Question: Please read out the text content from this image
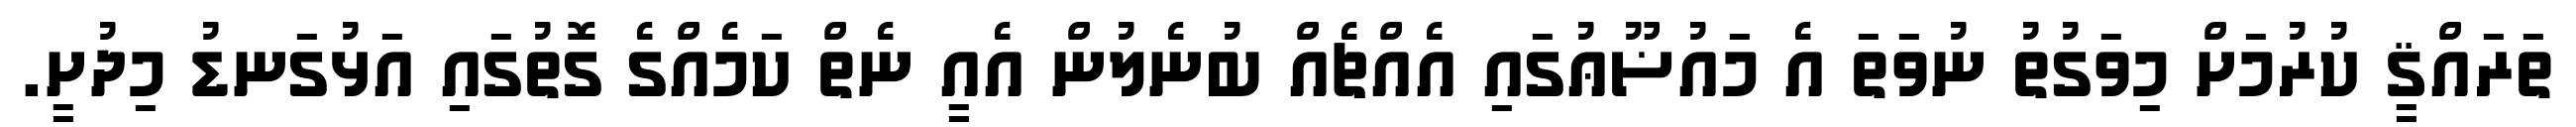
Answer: ތަރައްޤީ ކުރުމަށް މިވަގުތު ނުވަތަ އެ މައުޟޫޢުގައި އެއްޗެއް ބުނެލުން އެއީ ނެތް ކަމެއްގެ ގޮތުގައި އަޅުގަނޑު މިދުށީ.